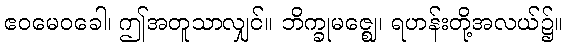
ဧဝမေဝခေါ၊ ဤအတူသာလျှင်။ ဘိက္ခုမဇ္ဈေ၊ ရဟန်းတို့အလယ်၌။